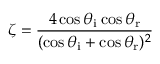
\zeta = \frac { 4 \cos \theta _ { \mathrm { i } } \cos \theta _ { \mathrm { r } } } { ( \cos \theta _ { \mathrm { i } } + \cos \theta _ { \mathrm { r } } ) ^ { 2 } }